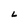
Character: L